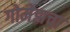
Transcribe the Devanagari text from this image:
गोमेझचा